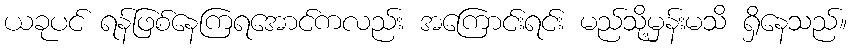
ယခုပင် ရန်ဖြစ်နေကြရအောင်ကလည်း အကြောင်းရင်း မည်သို့မှန်းမသိ ရှိနေသည်။